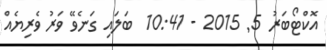
އޮކްޓޯބަރު 5